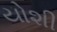
યોશી